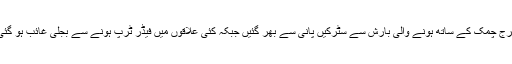
گرج چمک کے ساتھ ہونے والی بارش سے سٹرکیں پانی سے بھر گئیں جبکہ کئی علاقوں میں فیڈر ٹرپ ہونے سے بجلی غائب ہو گئی۔